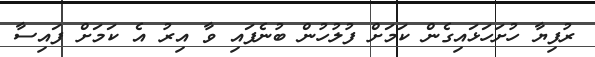
ރުފިޔާ ހުށަހަޅައިގެން ކަމަށް ފުލުހުން ބުނެފައި ވާ އިރު އެ ކަމަށް ފައިސާ